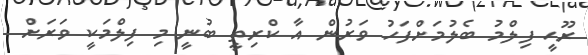
ރޫހީ ފިލްމު ބެލުމަށްފަހު ވަރުން އާ ކްރިތީ ބުނީ މި ފިލްމަކީ ވަރަށް